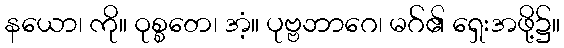
နယော၊ ကို။ ဝုစ္စတေ၊ အံ့။ ပုဗ္ဗဘာဂေ၊ မဂ်၏ ရှေးအဖို့၌။